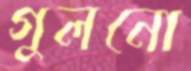
গুলনো